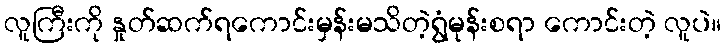
လူကြီးကို နှုတ်ဆက်ရကောင်းမှန်းမသိတဲ့ရွံမုန်းစရာ ကောင်းတဲ့ လူပဲ။